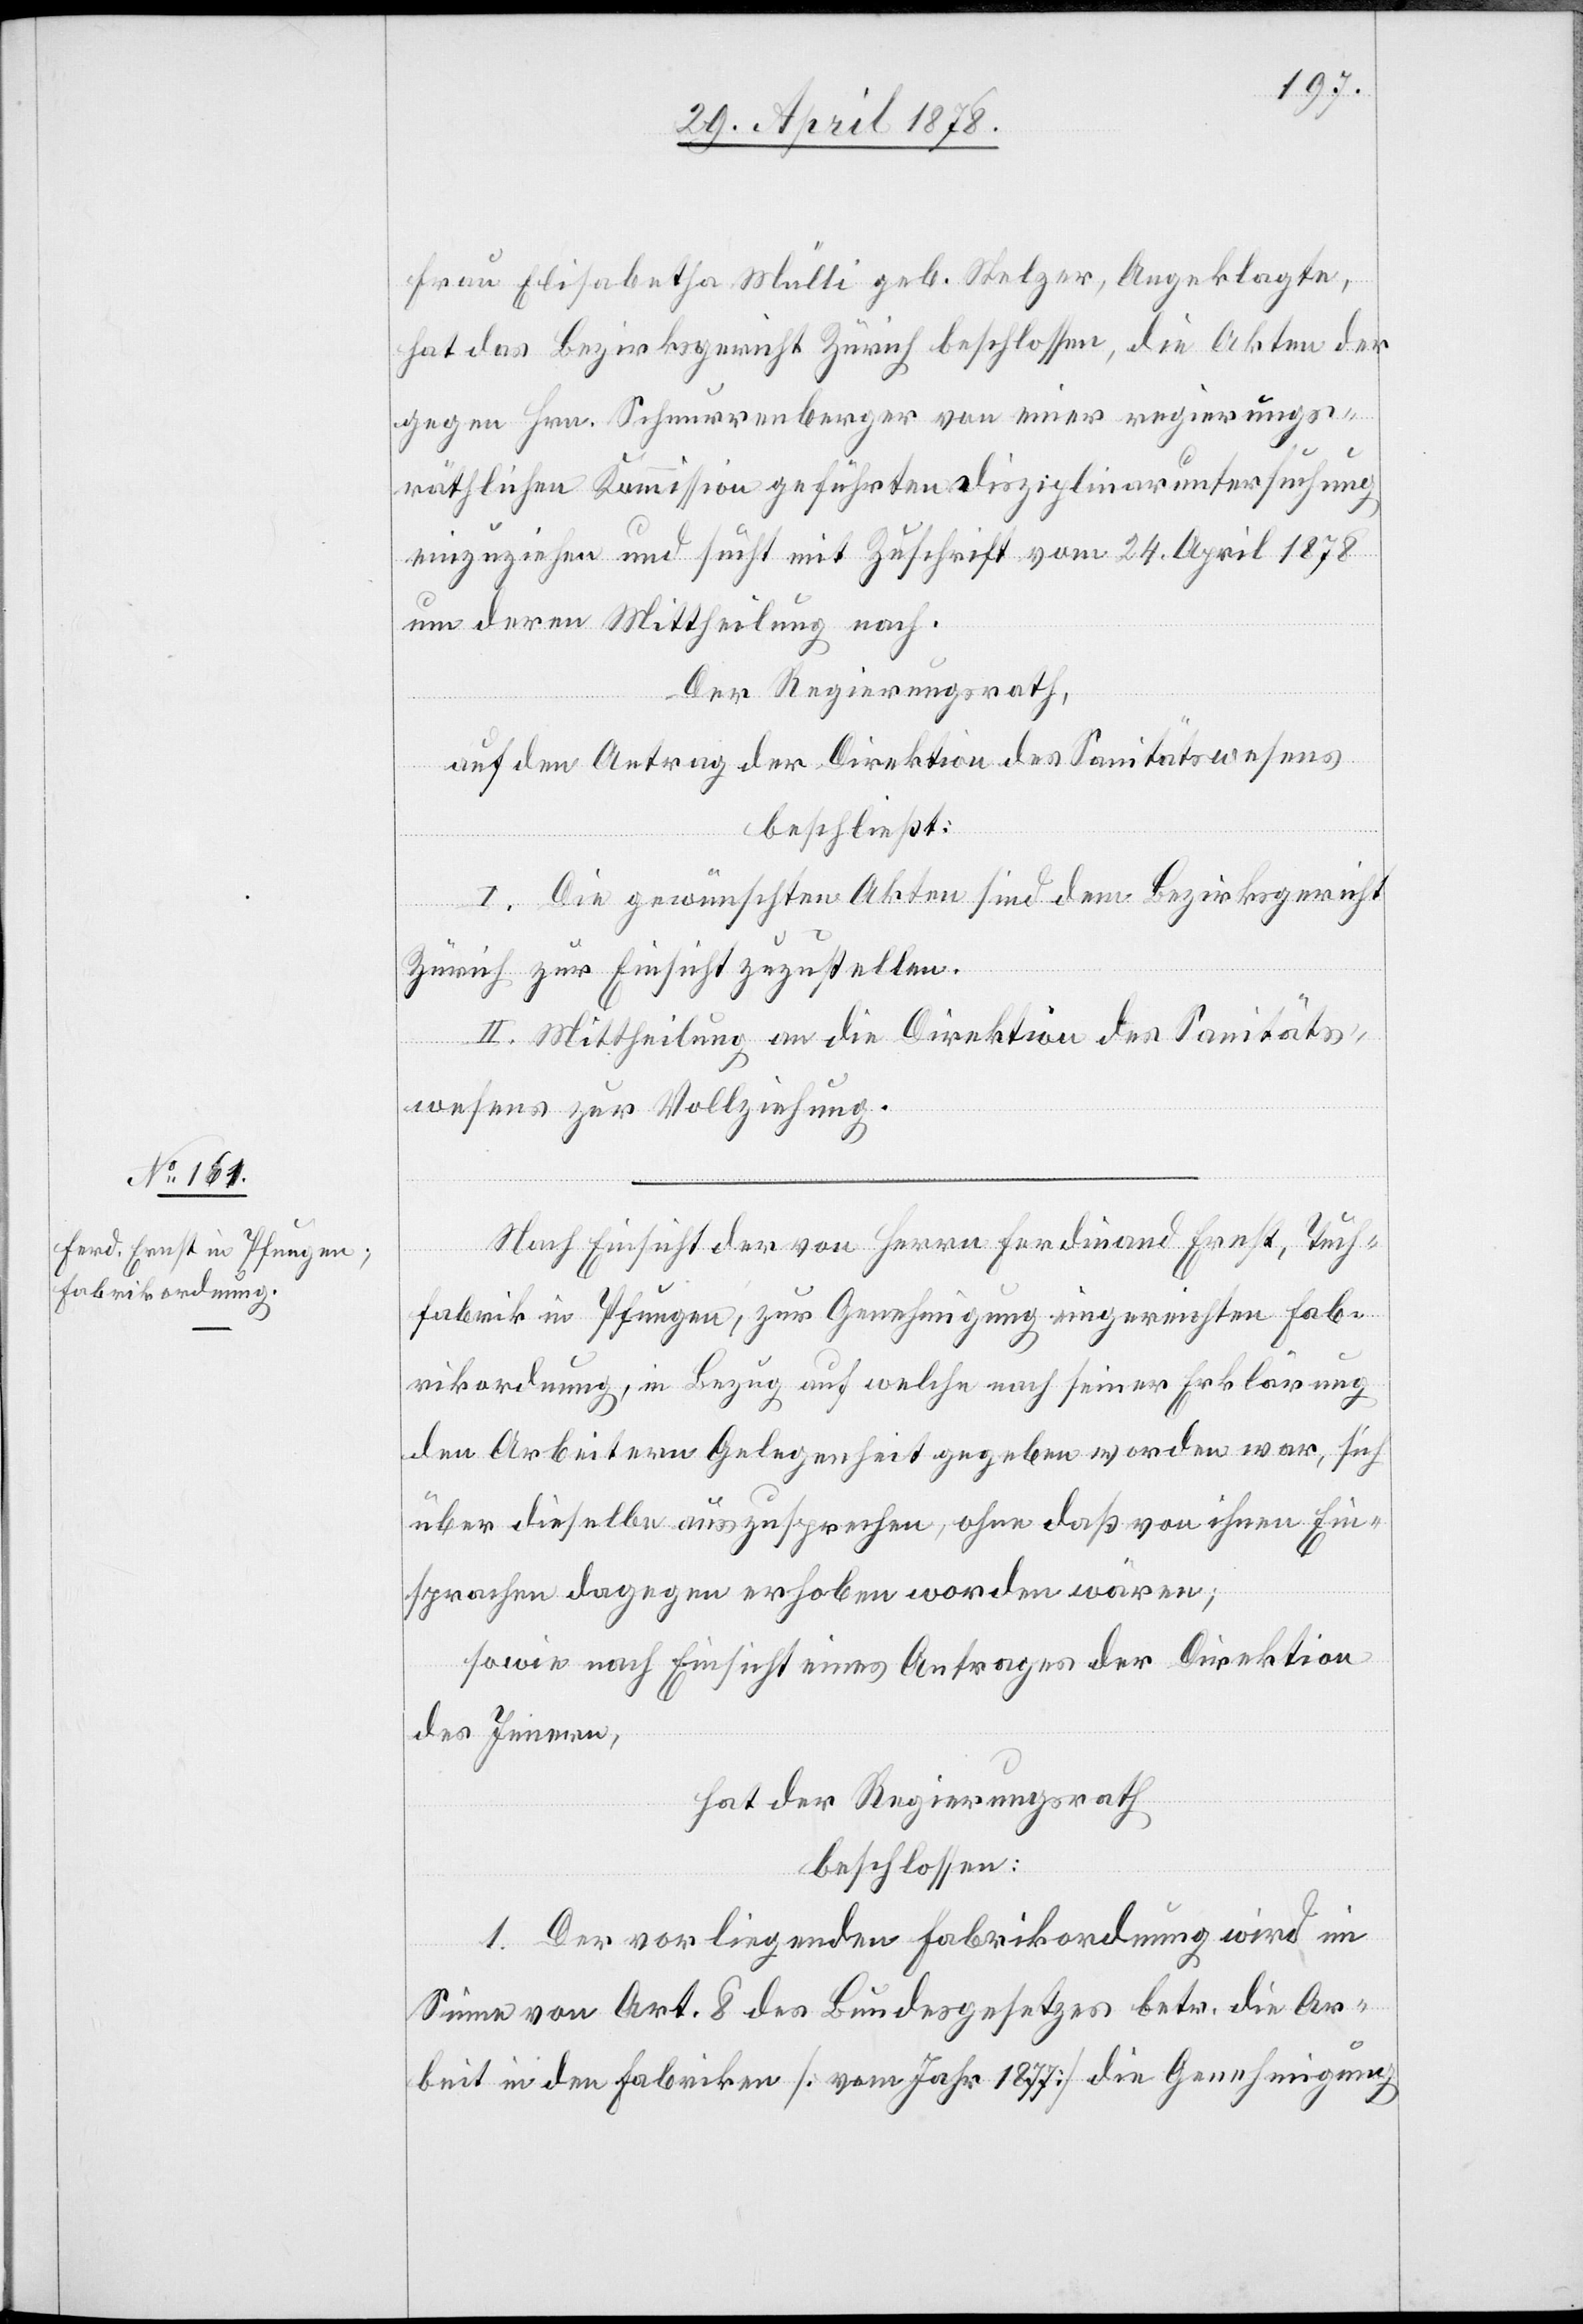
Frau Elisabetha Mülli geb. Stelzer, Angeklagte,
hat das Bezirksgericht Zürich beschlossen, die Akten der
gegen Hrn. Schnurrenberger von einer regierungs¬
räthlichen Kommission geführten Disziplinaruntersuchung
einzuziehen und sucht mit Zuschrift vom 24. April 1878
um deren Mittheilung nach.
Der Regierungsrath,
auf den Antrag der Direktion des Sanitätswesens
beschließt:
I. Die gewünschten Akten sind dem Bezirksgericht
Zürich zur Einsicht zuzustellen.
II. Mittheilung an die Direktion des Sanitäts¬
wesens zur Vollziehung.